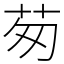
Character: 茐